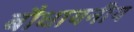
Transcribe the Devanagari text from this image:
बौधायनीय